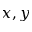
x , y